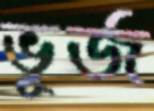
ভূর্জ